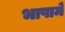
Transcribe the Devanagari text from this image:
भाषामे